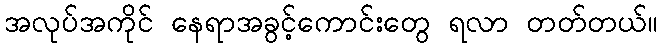
အလုပ်အကိုင် နေရာအခွင့်ကောင်းတွေ ရလာ တတ်တယ်။